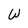
Character: W